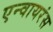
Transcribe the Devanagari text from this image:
एन्वायरंस